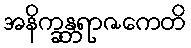
အနိက္ခန္တရာဇကေတိ